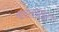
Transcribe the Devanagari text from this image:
बरारघाट